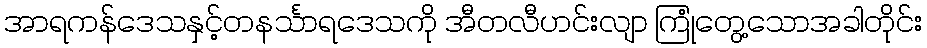
အာရကန်ဒေသနှင့်တနင်္သာရဒေသကို အီတလီဟင်းလျာ ကြုံတွေ့သောအခါတိုင်း